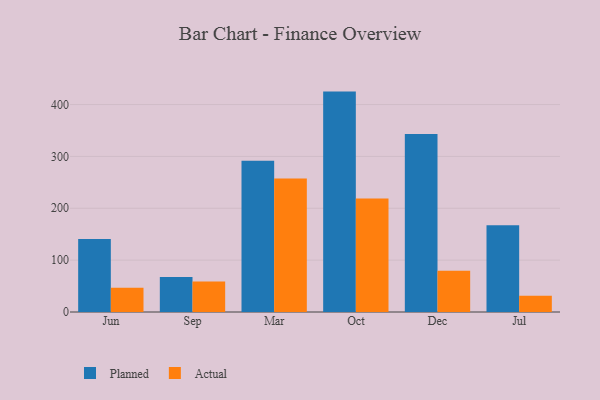
{"axis": {"x": "Month", "y": "Conversion Rate (%)"}, "legend": ["Actual", "Planned"], "data": [{"x": "Jun", "y": 140.6, "type": "Planned"}, {"x": "Jun", "y": 47.0, "type": "Actual"}, {"x": "Sep", "y": 67.4, "type": "Planned"}, {"x": "Sep", "y": 58.9, "type": "Actual"}, {"x": "Mar", "y": 291.5, "type": "Planned"}, {"x": "Mar", "y": 257.4, "type": "Actual"}, {"x": "Oct", "y": 425.0, "type": "Planned"}, {"x": "Oct", "y": 218.8, "type": "Actual"}, {"x": "Dec", "y": 343.4, "type": "Planned"}, {"x": "Dec", "y": 79.4, "type": "Actual"}, {"x": "Jul", "y": 167.5, "type": "Planned"}, {"x": "Jul", "y": 31.2, "type": "Actual"}]}